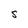
Character: S